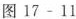
图17-11